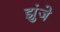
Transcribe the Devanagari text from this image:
झुंजे